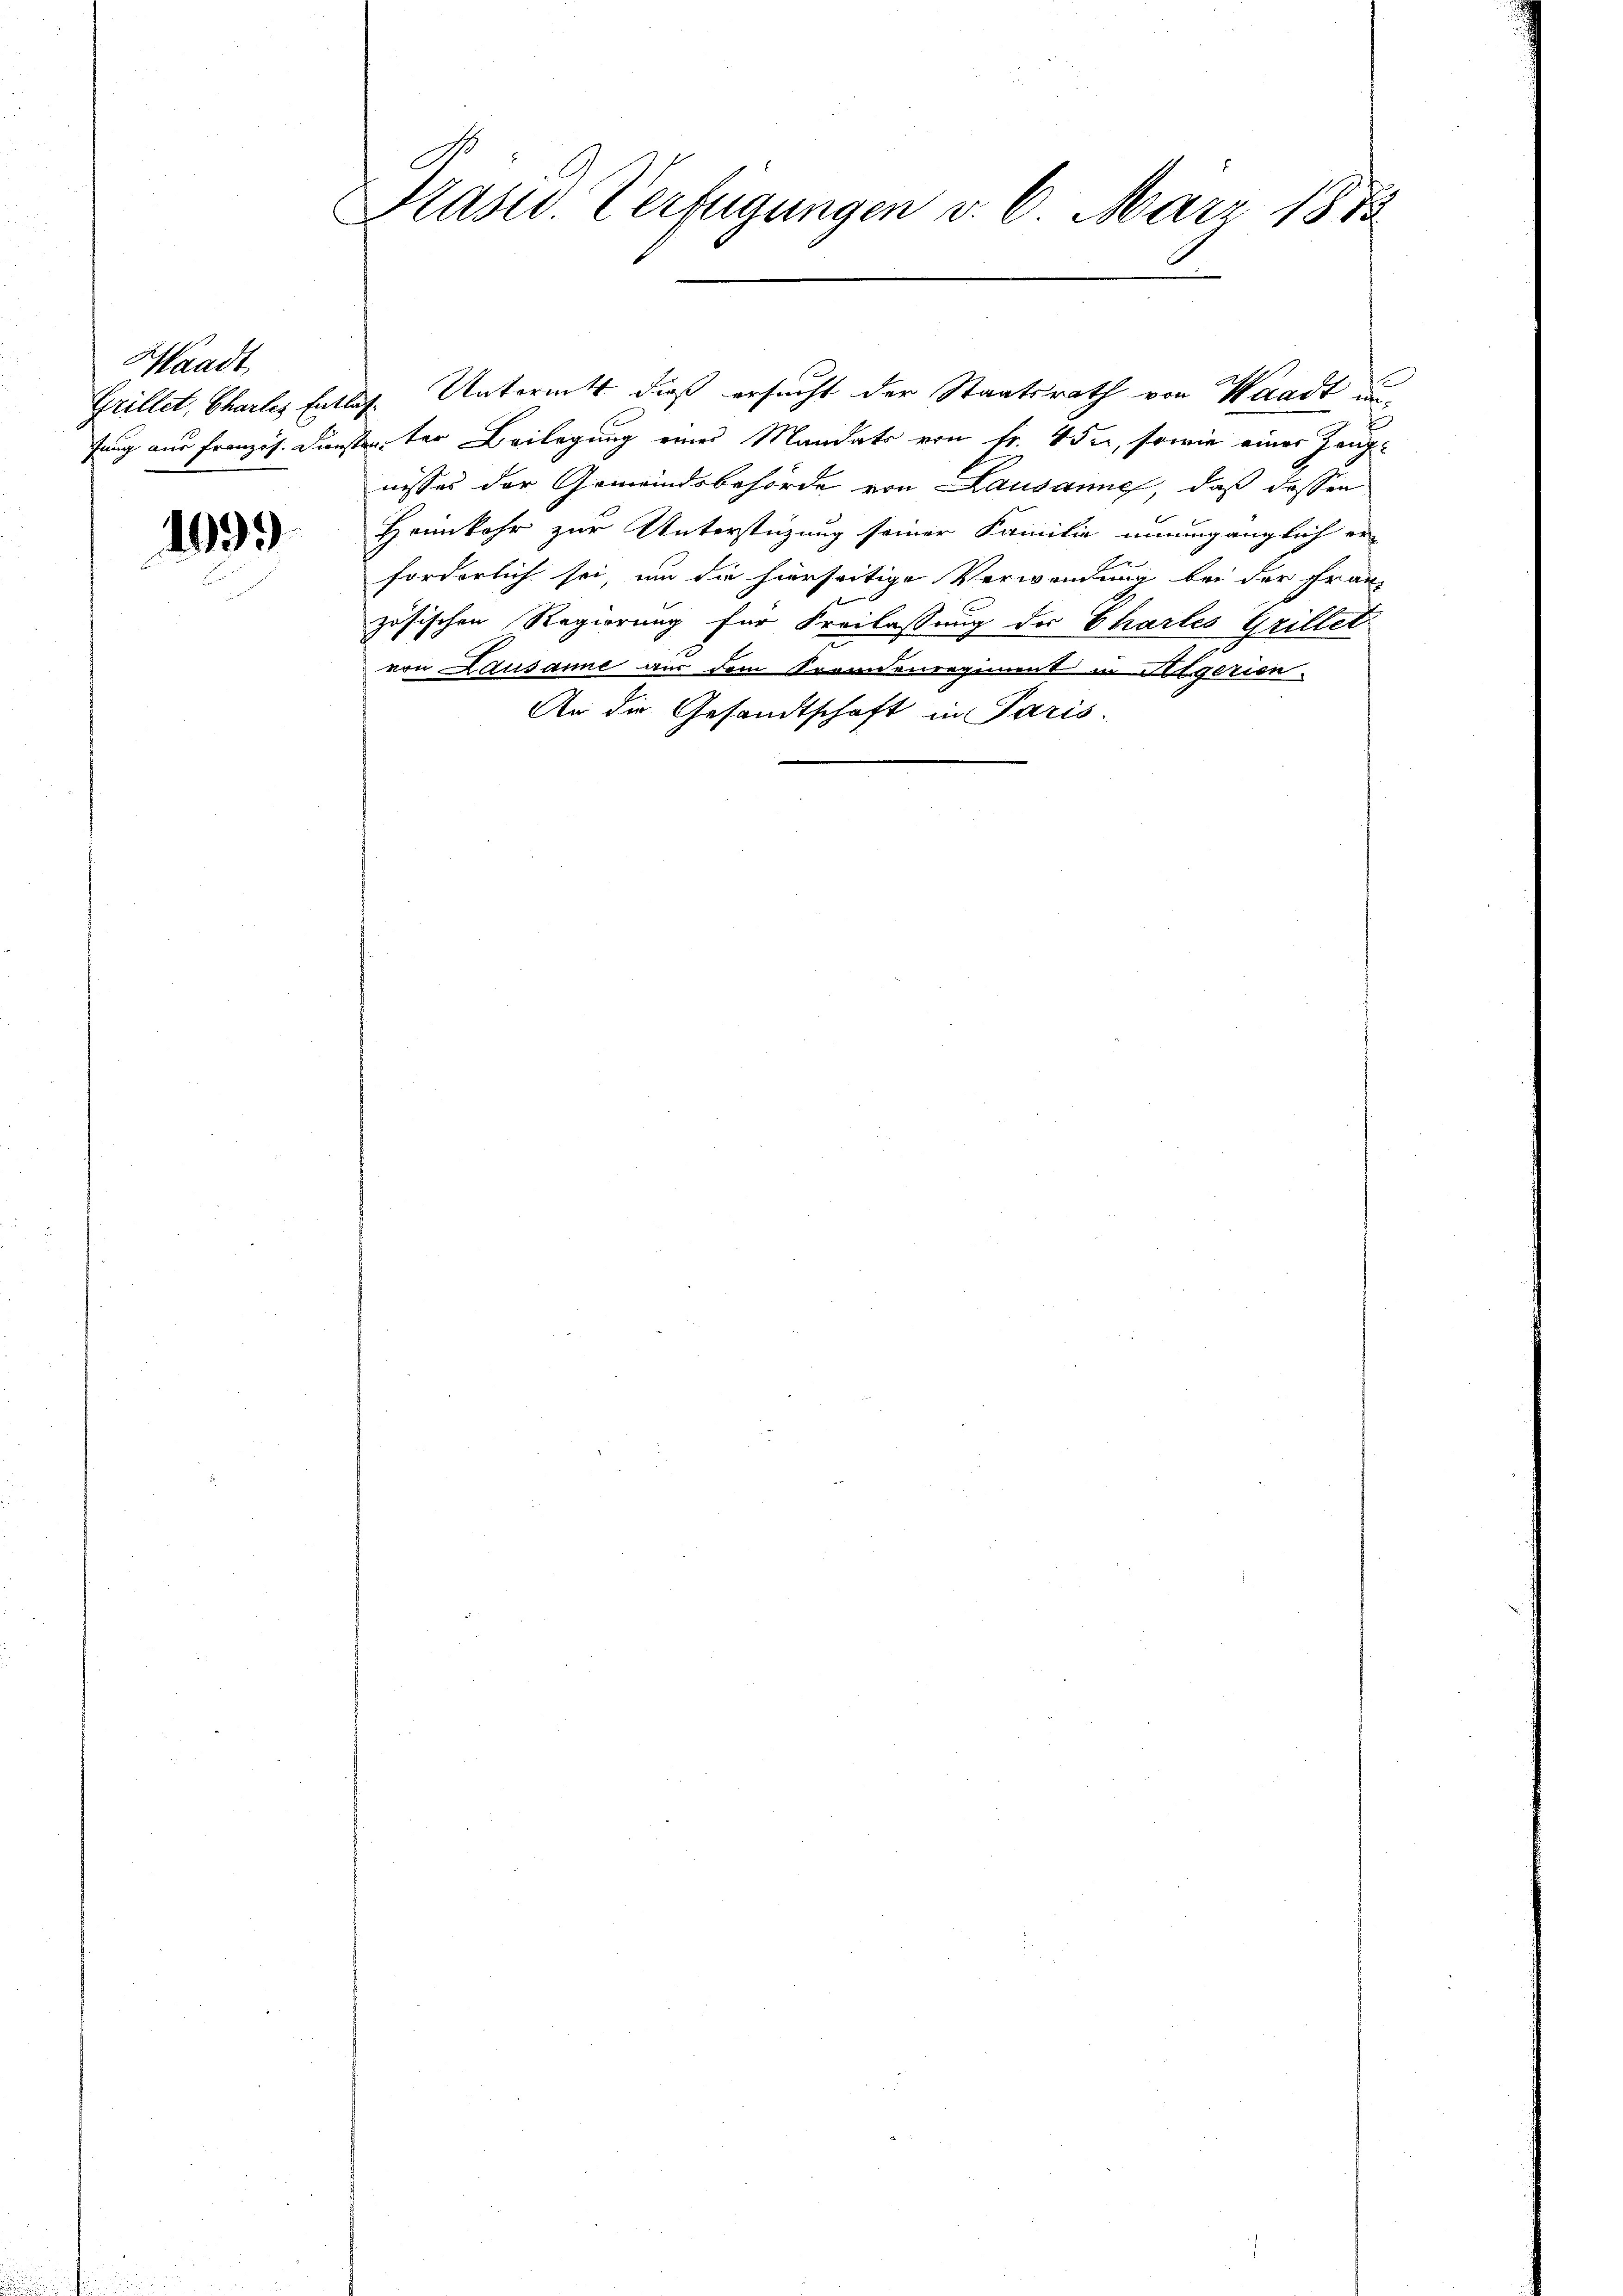
Waadt
Grillet, Chartes Ent
fung aus Französ. Dien

1099

Plasur. Verfügungen v. 6. März 1878

aah. Untermitt dieß ersucht der Staatsrath von Waadt un¬
Von der Beilegung eines Mandats von Fr. 4 du, sowie einer Zeugnisses der Gemeindsbehörde von Lausanne, daß dessen
Heimkehr zur Unterstüzung seiner Familie unumgänglich er-
forderlich sei, um die hierseitige Verwendung bei der Franz
zösischen Regierung für Freilassung des Charles Grillet
von Lausanne aus dem Sovidenregiment in Pilgerien
An die Gesandtschaft in Paris